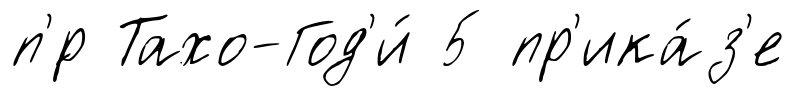
п'́р Тахо-Год'и́ 5 пр'ика́з'е